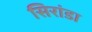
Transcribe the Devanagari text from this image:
सिरांडा